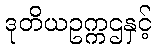
ဒုတိယဥက္ကဌနှင့်